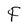
Character: F